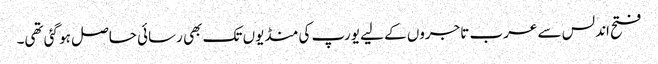
فتح اندلس سے عرب تاجروں کے لیے یورپ کی منڈیوں تک بھی رسائی حاصل ہو گئی تھی۔